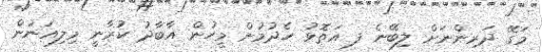
މަގޭ ދަރިންނަށް ލިބޭނެ ފ އަތޮޅު ހެދުމުން މީހުން އާބާދު ކުރާނީ މިލިއަނުން